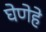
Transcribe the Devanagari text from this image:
घेणेहे